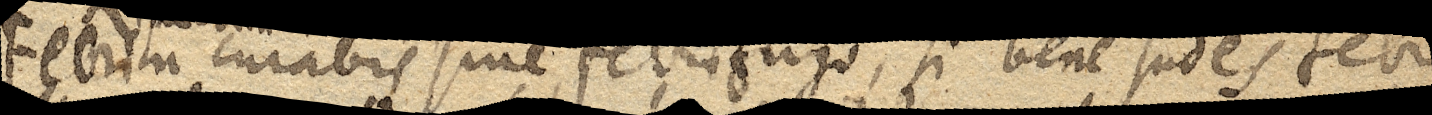
Febrim curabis sine febrifugo, si bene sudes febri